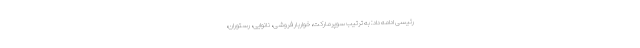
رئیسی ادامه داد: به ترتیب سوپرمارکت، خواربار فروشی، نانوایی، رستوران،